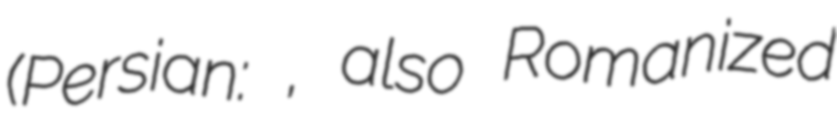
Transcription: (Persian: بهاران, also Romanized